DOW-UAP-D18, Mission Report, Iraq, December 2022
Agency: Department of War
Incident date: 12/1/22
Incident location: Iraq
Page 4
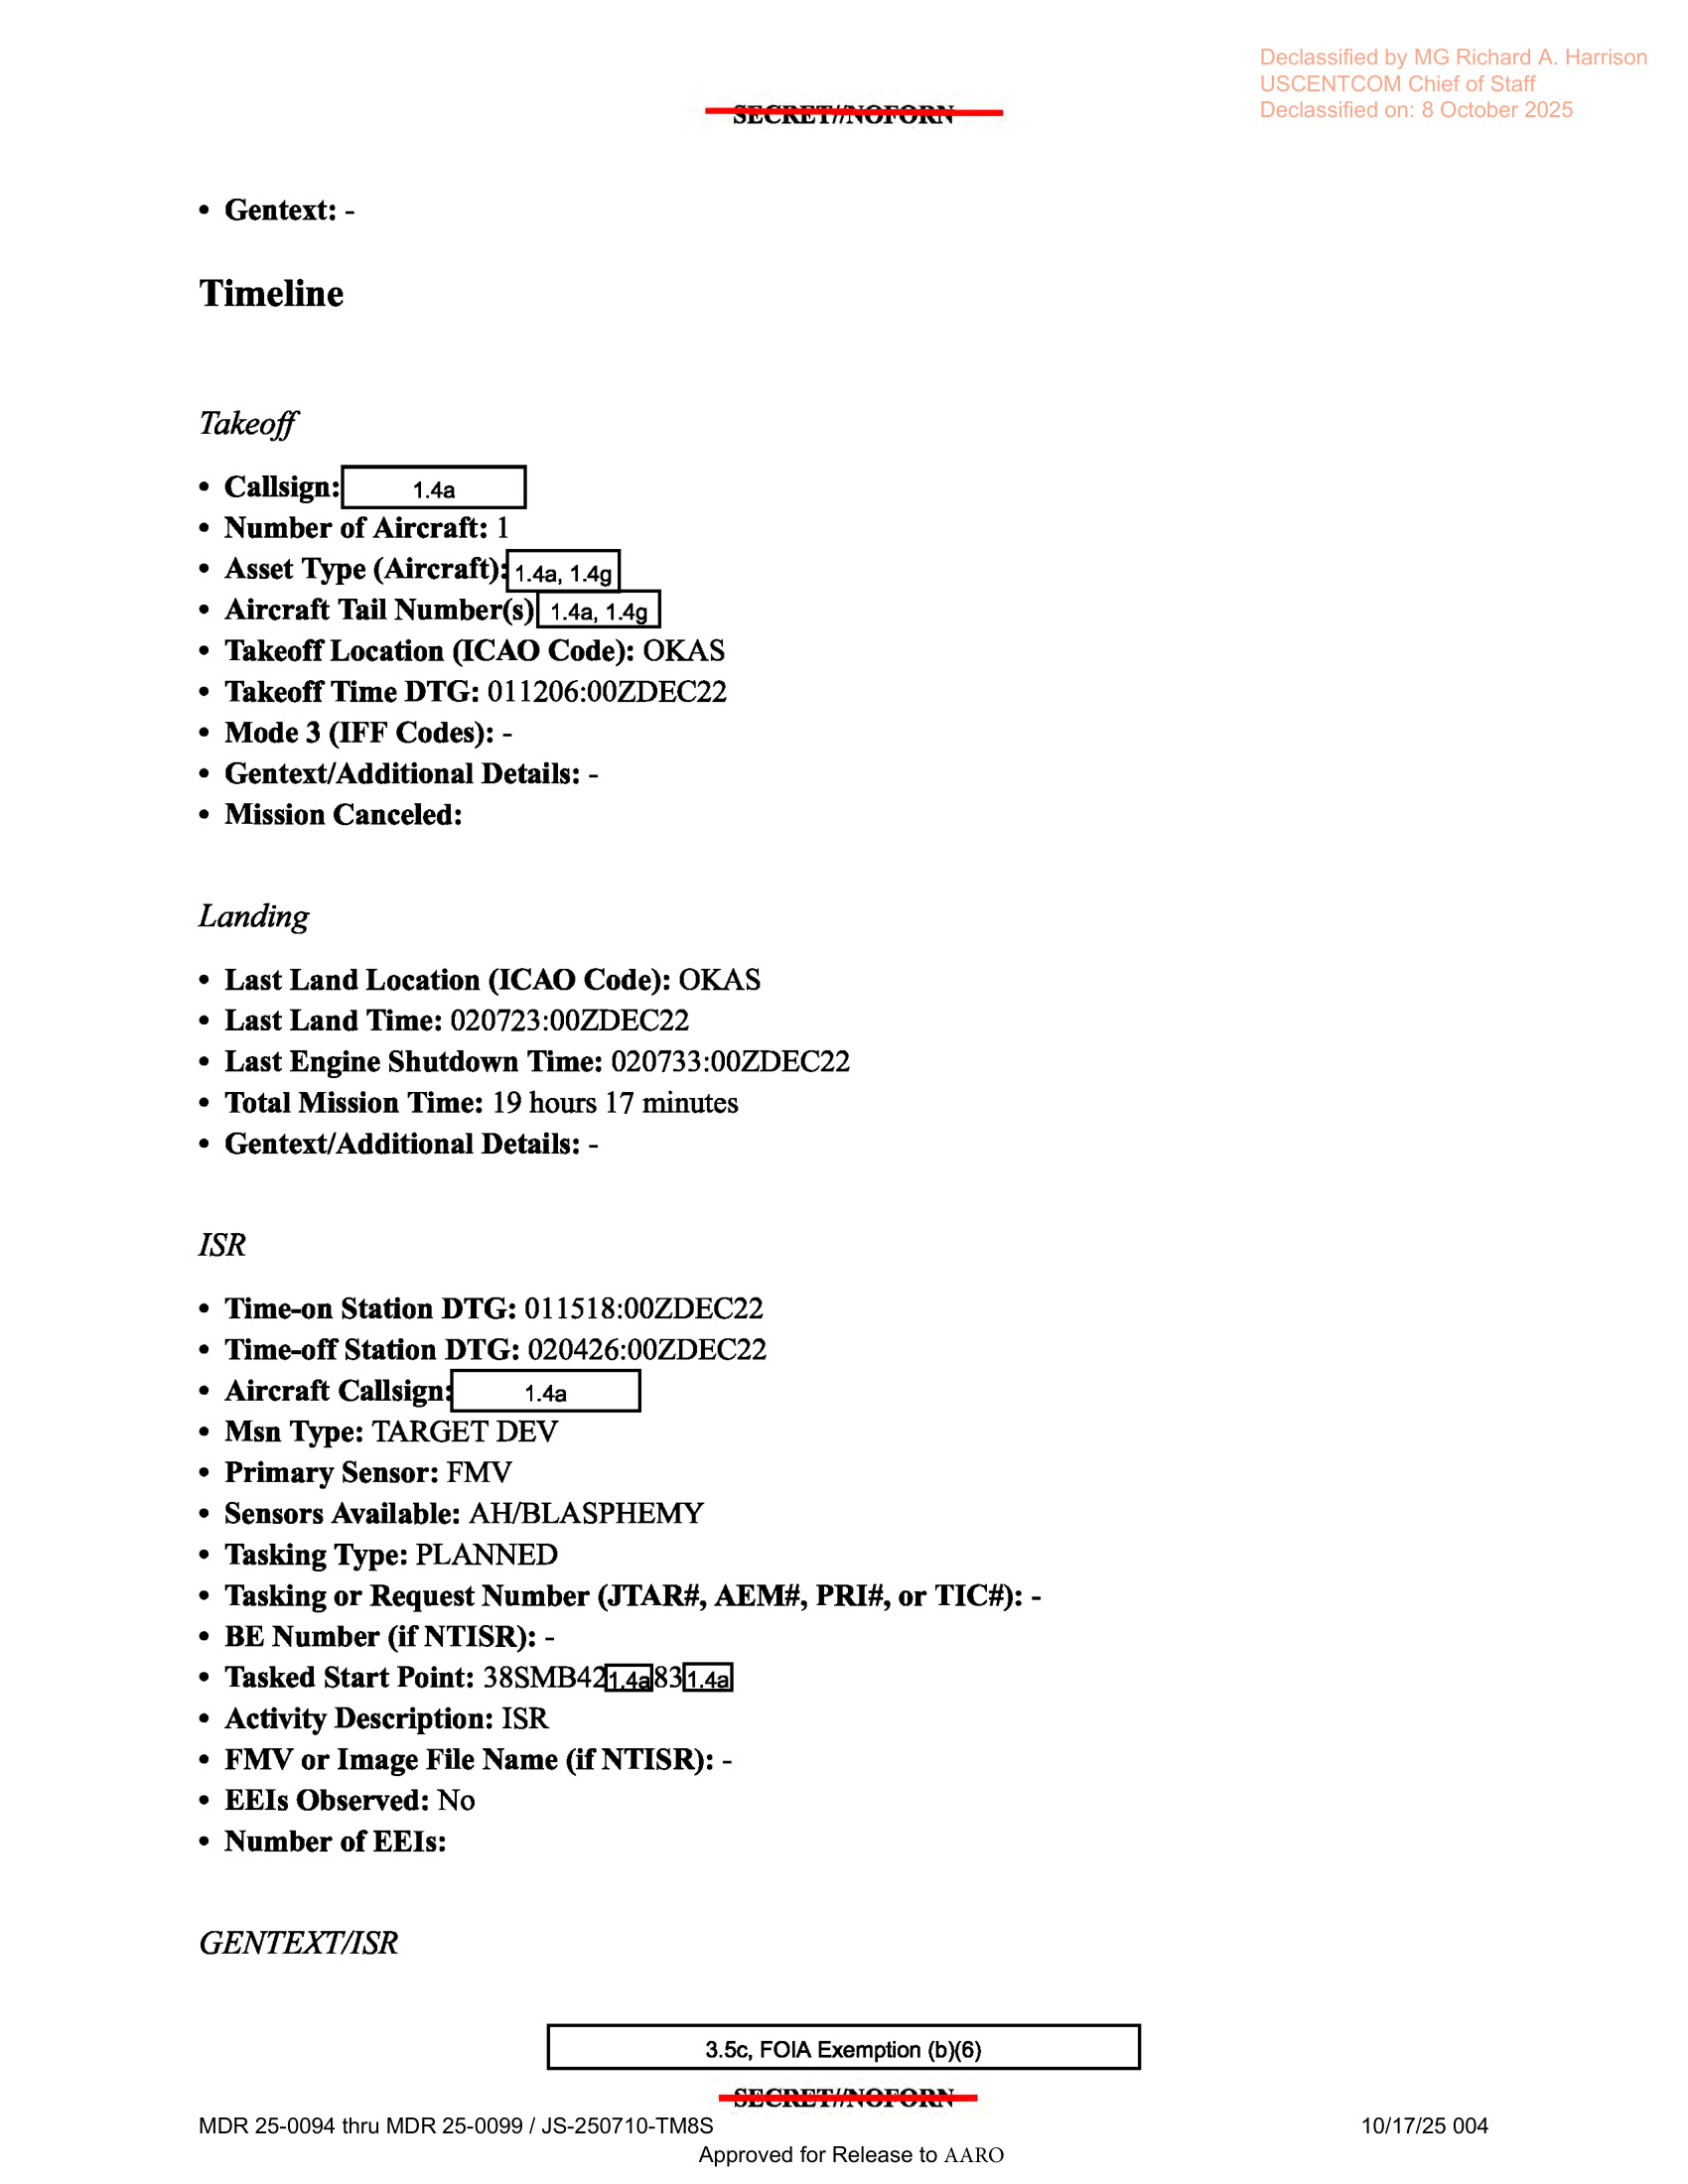